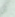
أن